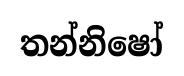
තන්නිෂෝ